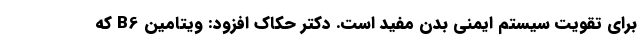
برای تقویت سیستم ایمنی بدن مفید است. دکتر حکاک افزود: ویتامین B6 که